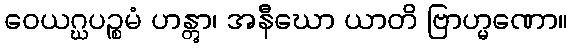
ဝေယဂ္ဃပဉ္စမံ ဟန္တွာ၊ အနီဃော ယာတိ ဗြာဟ္မဏော။